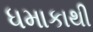
ધમાકાથી